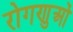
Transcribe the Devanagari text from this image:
रोगणुओं